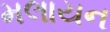
મલાયન